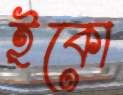
ইকো